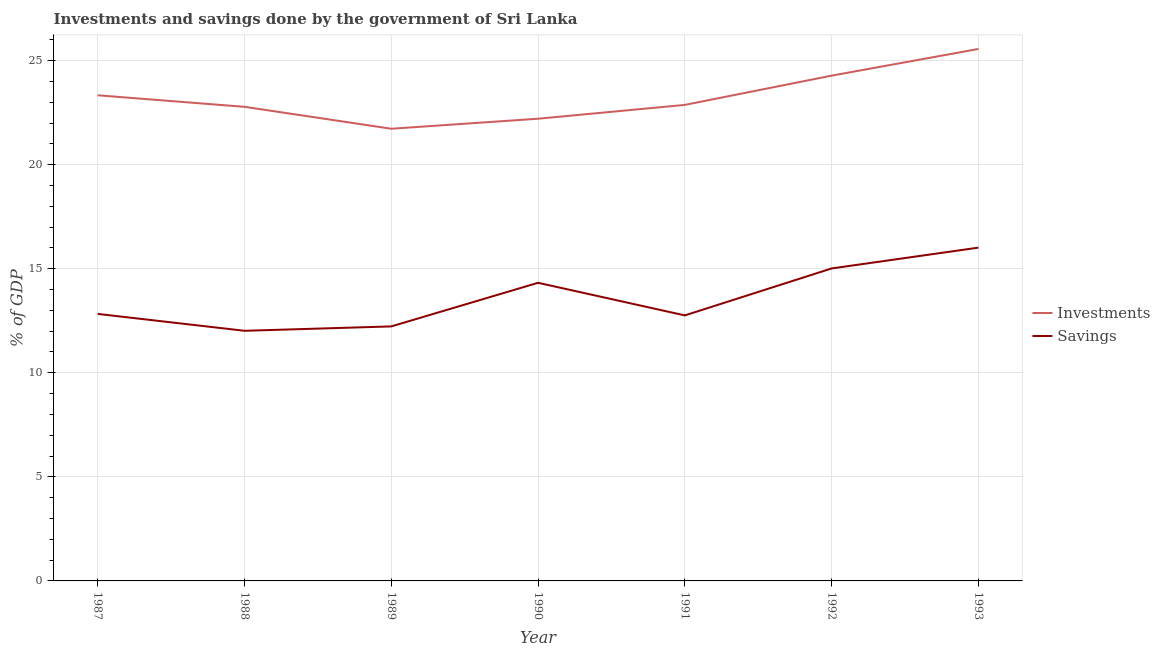
| Year | Investments | Savings |
 | --- | --- | --- |
 | 1987 | 23.3 | 12.8 |
 | 1988 | 22.8 | 12 |
 | 1989 | 21.7 | 12.2 |
 | 1990 | 22.2 | 14.3 |
 | 1991 | 22.9 | 12.8 |
 | 1992 | 24.3 | 15 |
 | 1993 | 25.6 | 16 |